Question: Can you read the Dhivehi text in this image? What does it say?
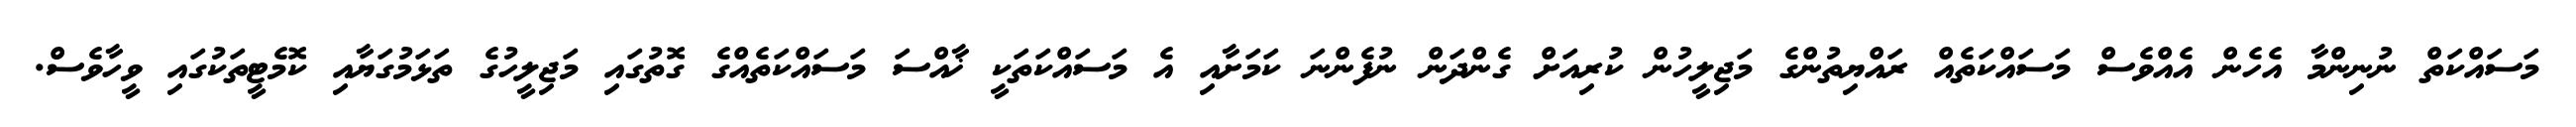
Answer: މަސައްކަތް ނުނިންމާ އެހެން އެއްވެސް މަސައްކަތެއް ރައްޔިތުންގެ މަޖިލީހުން ކުރިއަށް ގެންދަން ނުފެންނަ ކަމަށާއި އެ މަސައްކަތަކީ ޚާއްސަ މަސައްކަތެއްގެ ގޮތުގައި މަޖިލީހުގެ ތަޅަމުގަޔާއި ކޮމެޓީތަކުގައި ވީހާވެސް.